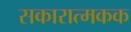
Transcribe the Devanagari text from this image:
सकारात्मकक